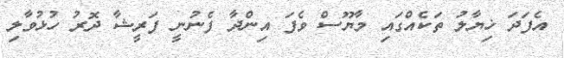
އެފަދަ ޚިޔާލު ތަކެއްގައި މާޔޫސް ވެފަ އިންދާ ފެނުނީ ފަރީޝާ ދޮރު ހުޅުވާލި